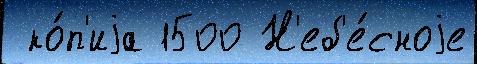
 ко́п'иjа 1500 Н'еб'е́сноjе